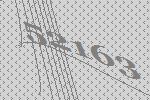
52163